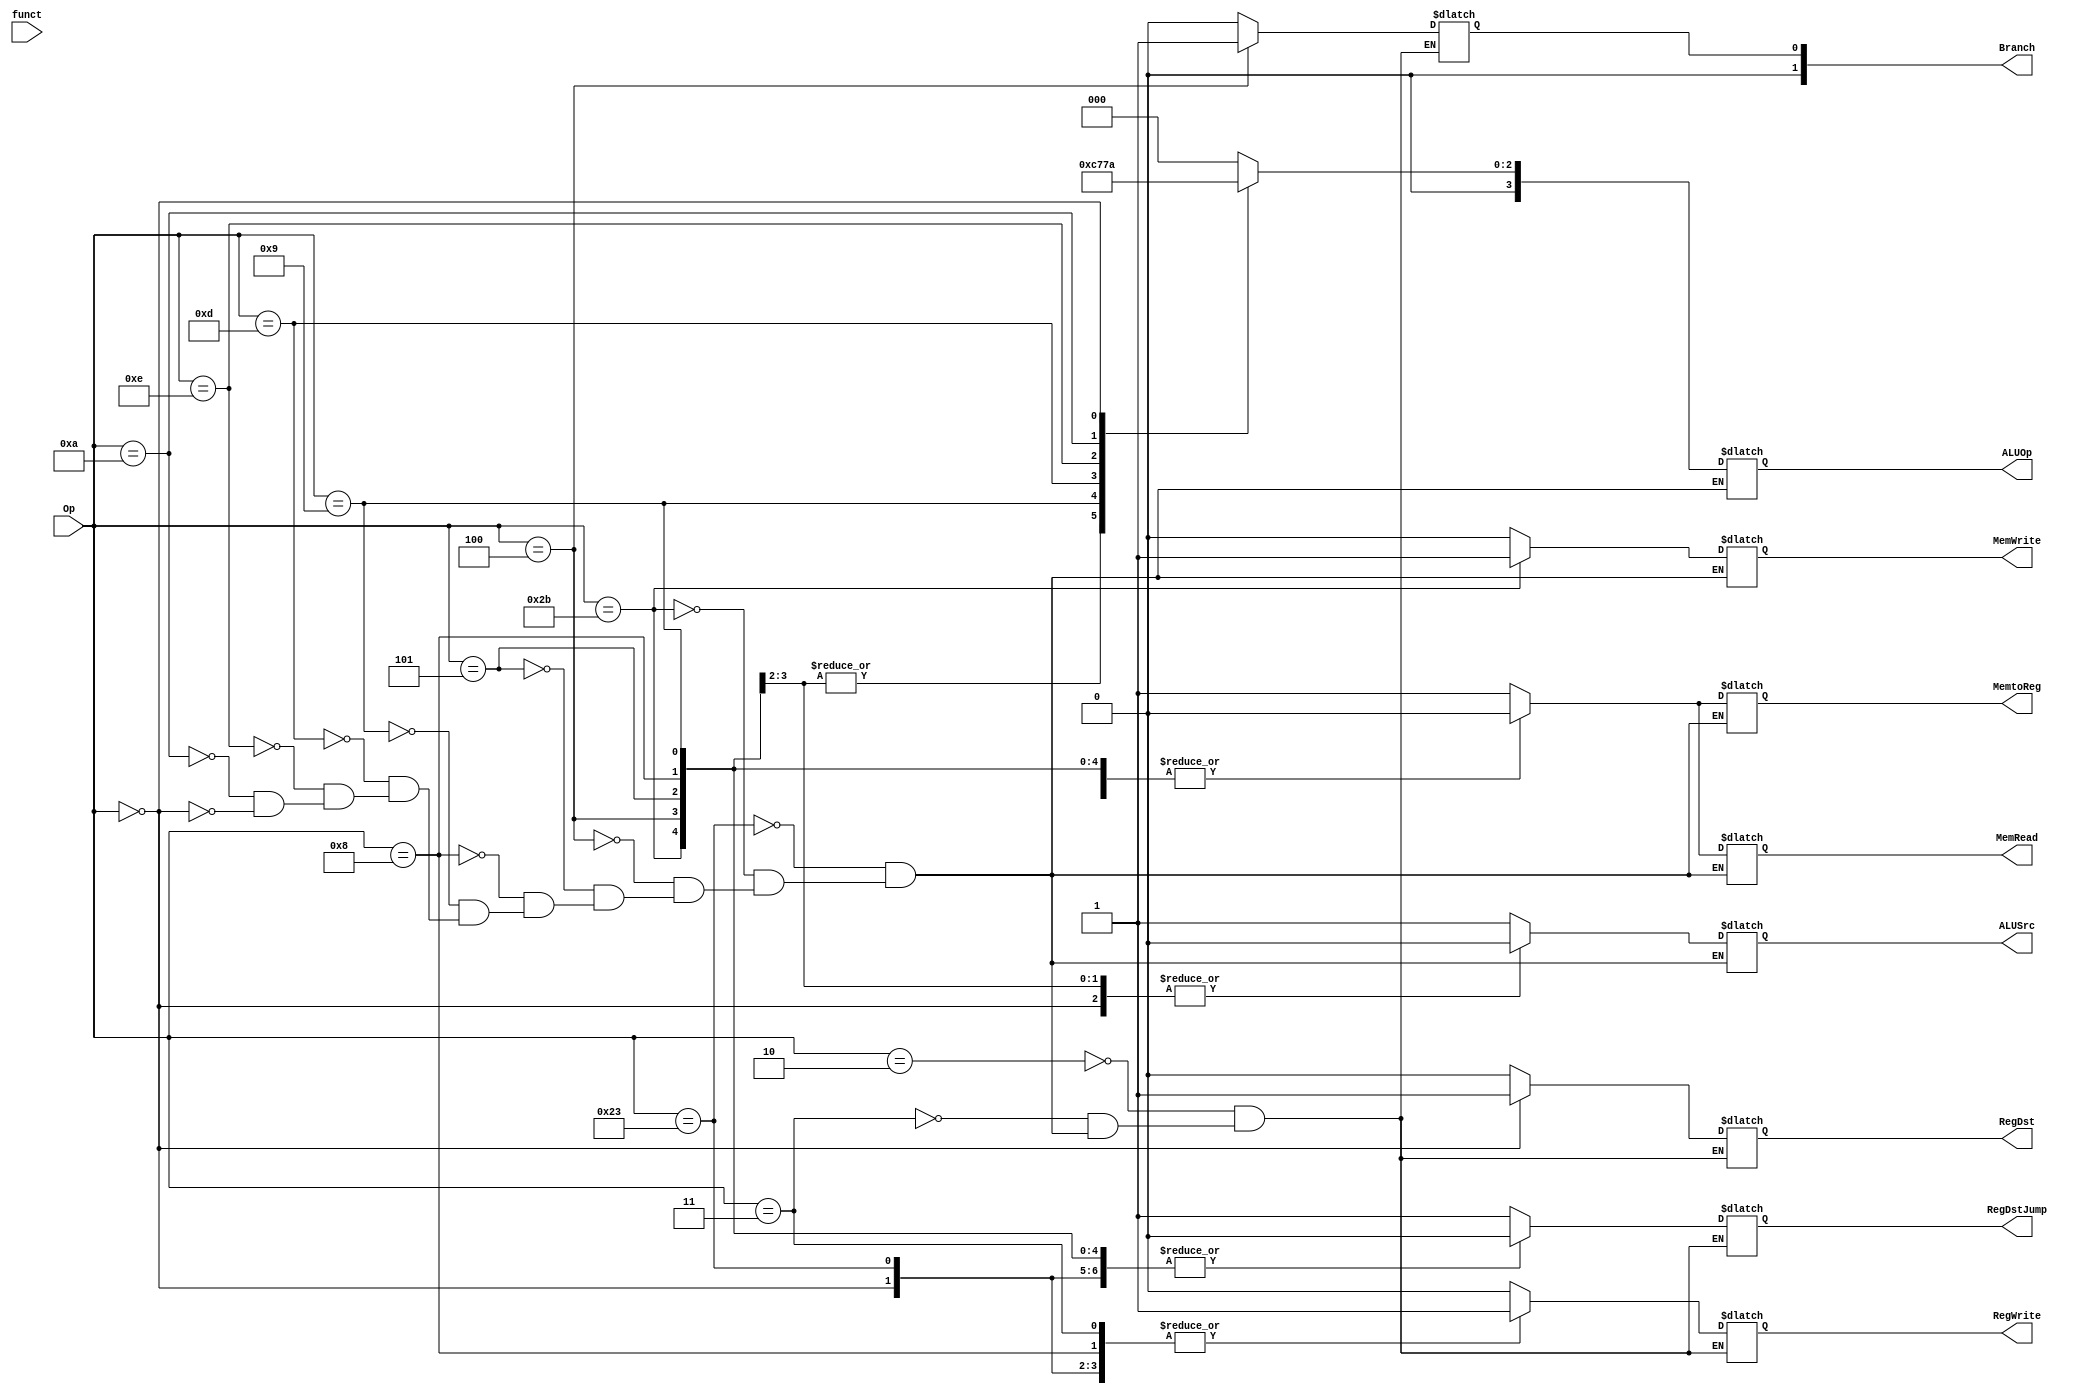

/*
    Module: control unit
*/
module control_unit(Op, funct, RegDst,MemRead,MemWrite,
Branch,ALUSrc,MemtoReg,RegWrite,RegDstJump,ALUOp);
    output signed[0:0] RegDst;
    output signed[0:0] MemRead;
    output signed[0:0] MemWrite;
    output signed[1:0] Branch;
    output [0:0] ALUSrc;
    output signed[0:0] MemtoReg;
    output wire [0:0] RegWrite;
    output wire [0:0] RegDstJump;
    output wire [3:0] ALUOp;

    input [5:0] Op;//6 bits
    input [5:0] funct;
/*:
    0: The register destination number for the Write register comes from 
    the rt field (bits 20:16).
    1: The register destination number for the Write register comes from 
    the rd field (bits 15:11).
*/
reg [0:0] _RegDst;
reg [0:0] _MemRead;
reg [0:0] _MemWrite;
reg [0:0] _Branch;
reg [3:0] _ALUOp;
reg [0:0] _ALUSrc;
reg [0:0] _MemtoReg;
reg [0:0] _RegWrite;
reg [0:0] _RegDstJump;

always @(Op or funct)

begin

case(Op)

    6'b000010: //j
    begin
    _RegDst = 0;
    _Branch = 00;
    _RegDstJump = 1;
    _RegWrite = 0;
    end

    6'b000011: //jal: Save the address of the next instruction in register $ra.
    begin
    _RegDst = 0;
    _Branch = 00;
    _RegDstJump= 1;
    _RegWrite = 1;
    end

    6'b100011: //lw
    begin
    _RegDst = 0;
    _ALUSrc = 1;
    _MemtoReg = 1;
    _RegWrite = 1;
    _MemRead = 1;
    _MemWrite = 0;
    _Branch = 00;
    _ALUOp = 4'b0000; //add
    _RegDstJump = 0;
    end

    6'b101011: //sw
    begin
    _RegDst = 0;
    _ALUSrc = 1;
    _MemtoReg = 0;
    _RegWrite = 0;
    _MemRead = 0;
    _MemWrite = 1;
    _Branch = 00;
    _ALUOp = 4'b0000; //add
    _RegDstJump = 0;
    end

    6'b000100: //beq
    begin
    _RegDst = 0;
    _ALUSrc = 0;
    _MemtoReg = 0;
    _RegWrite = 0;
    _MemRead = 0;
    _MemWrite = 0;
    _Branch = 01;
    _ALUOp = 4'b0001; //sub
    _RegDstJump = 0;
    end

    6'b000101: //bne
    begin
    _RegDst = 0;
    _ALUSrc = 0;
    _MemtoReg = 0;
    _RegWrite = 0;
    _MemRead = 0;
    _MemWrite = 0;
    _Branch = 10;
    _ALUOp = 4'b0001; //sub
    _RegDstJump = 0;
    end

    6'b001000: //addi
    begin
    _RegDst = 0;
    _ALUSrc = 1;
    _MemtoReg = 0;
    _RegWrite = 1;
    _MemRead = 0;
    _MemWrite = 0;
    _Branch = 00;
    _ALUOp = 4'b0000; //add
    _RegDstJump = 0;
    end

    6'b001001: //addiu
    begin
    _RegDst = 0;
    _ALUSrc = 1;
    _MemtoReg = 0;
    _RegWrite = 0;
    _MemRead = 0;
    _MemWrite = 0;
    _Branch = 00;
    _ALUOp = 4'b0100; //addu
    _RegDstJump = 0;
    end

    6'b001101://ori
    begin
    _RegDst = 0;
    _ALUSrc = 1;
    _MemtoReg = 0;
    _RegWrite = 0;
    _MemRead = 0;
    _MemWrite = 0;
    _Branch = 00;
    _ALUOp = 4'b0011; //or 
    _RegDstJump = 0;
    end

    6'b001110://xori
    begin
    _RegDst = 0;
    _ALUSrc = 1;
    _MemtoReg = 0;
    _RegWrite = 0;
    _MemRead = 0;
    _MemWrite = 0;
    _Branch = 00;
    _ALUOp = 4'b0101; //xor 
    _RegDstJump = 0;
    end

    6'b001010://slti
    begin
    _RegDst = 0;
    _ALUSrc = 1;
    _MemtoReg = 0;
    _RegWrite = 0;
    _MemRead = 0;
    _MemWrite = 0;
    _Branch = 00;
    _ALUOp = 4'b0111; //slt 
    _RegDstJump = 0;
    end

    6'b001010://sltiu
    begin
    _RegDst = 0;
    _ALUSrc = 1;
    _MemtoReg = 0;
    _RegWrite = 0;
    _MemRead = 0;
    _MemWrite = 0;
    _Branch = 0;
    _ALUOp = 4'b1000; //sltu 
    _RegDstJump = 0;
    end

    6'b001101://andi
    begin
    _RegDst = 0;
    _ALUSrc = 1;
    _MemtoReg = 0;
    _RegWrite = 0;
    _MemRead = 0;
    _MemWrite = 0;
    _Branch = 00;
    _ALUOp = 4'b0110; //and
    _RegDstJump = 0;
    end

    6'b000000: //R type
    begin
    _RegDst = 1;
    _ALUSrc = 0;
    _MemtoReg = 0;
    _RegWrite = 1;
    _MemRead = 0;
    _MemWrite = 0;
    _Branch = 00;
    _ALUOp = 4'b0010; //r
    _RegDstJump = 0;
    end

endcase

end


assign RegDst=_RegDst;
assign MemRead=_MemRead;
assign MemWrite=_MemWrite;
assign Branch=_Branch;
assign ALUSrc=_ALUSrc;
assign MemtoReg=_MemtoReg;
assign RegWrite=_RegWrite;
assign ALUOp = _ALUOp;
assign RegDstJump = _RegDstJump;

endmodule